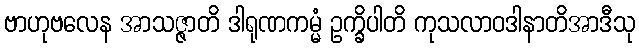
ဗာဟုဗလေန အာသဇ္ဇာတိ ဒါရုဏကမ္မံ ဥက္ခိပါတိ ကုသလာဝဒါနာတိအာဒီသု